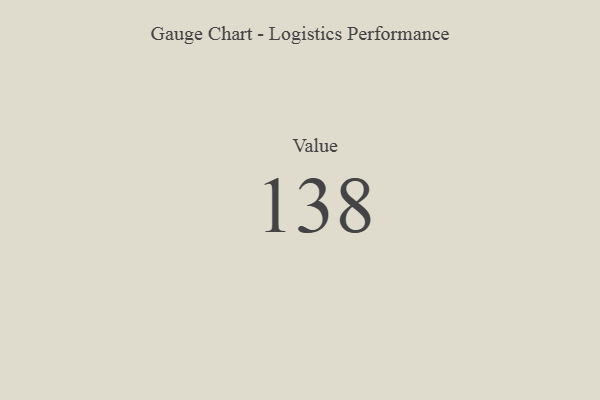
{"axis": {"x": "Metric", "y": "Value"}, "legend": [""], "data": [{"x": "Value", "y": 138, "type": ""}]}